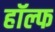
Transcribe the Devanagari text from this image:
हॉल्फ